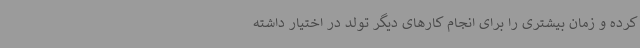
کرده و زمان بیشتری را برای انجام کارهای دیگر تولد در اختیار داشته